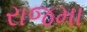
રાજમા